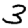
Digit: 3